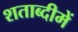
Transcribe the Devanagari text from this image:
शताब्‍दीमें